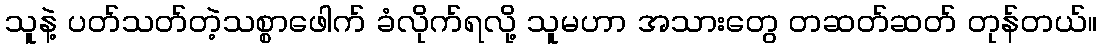
သူနဲ့ ပတ်သတ်တဲ့သစ္စာဖေါက် ခံလိုက်ရလို့ သူမဟာ အသားတွေ တဆတ်ဆတ် တုန်တယ်။